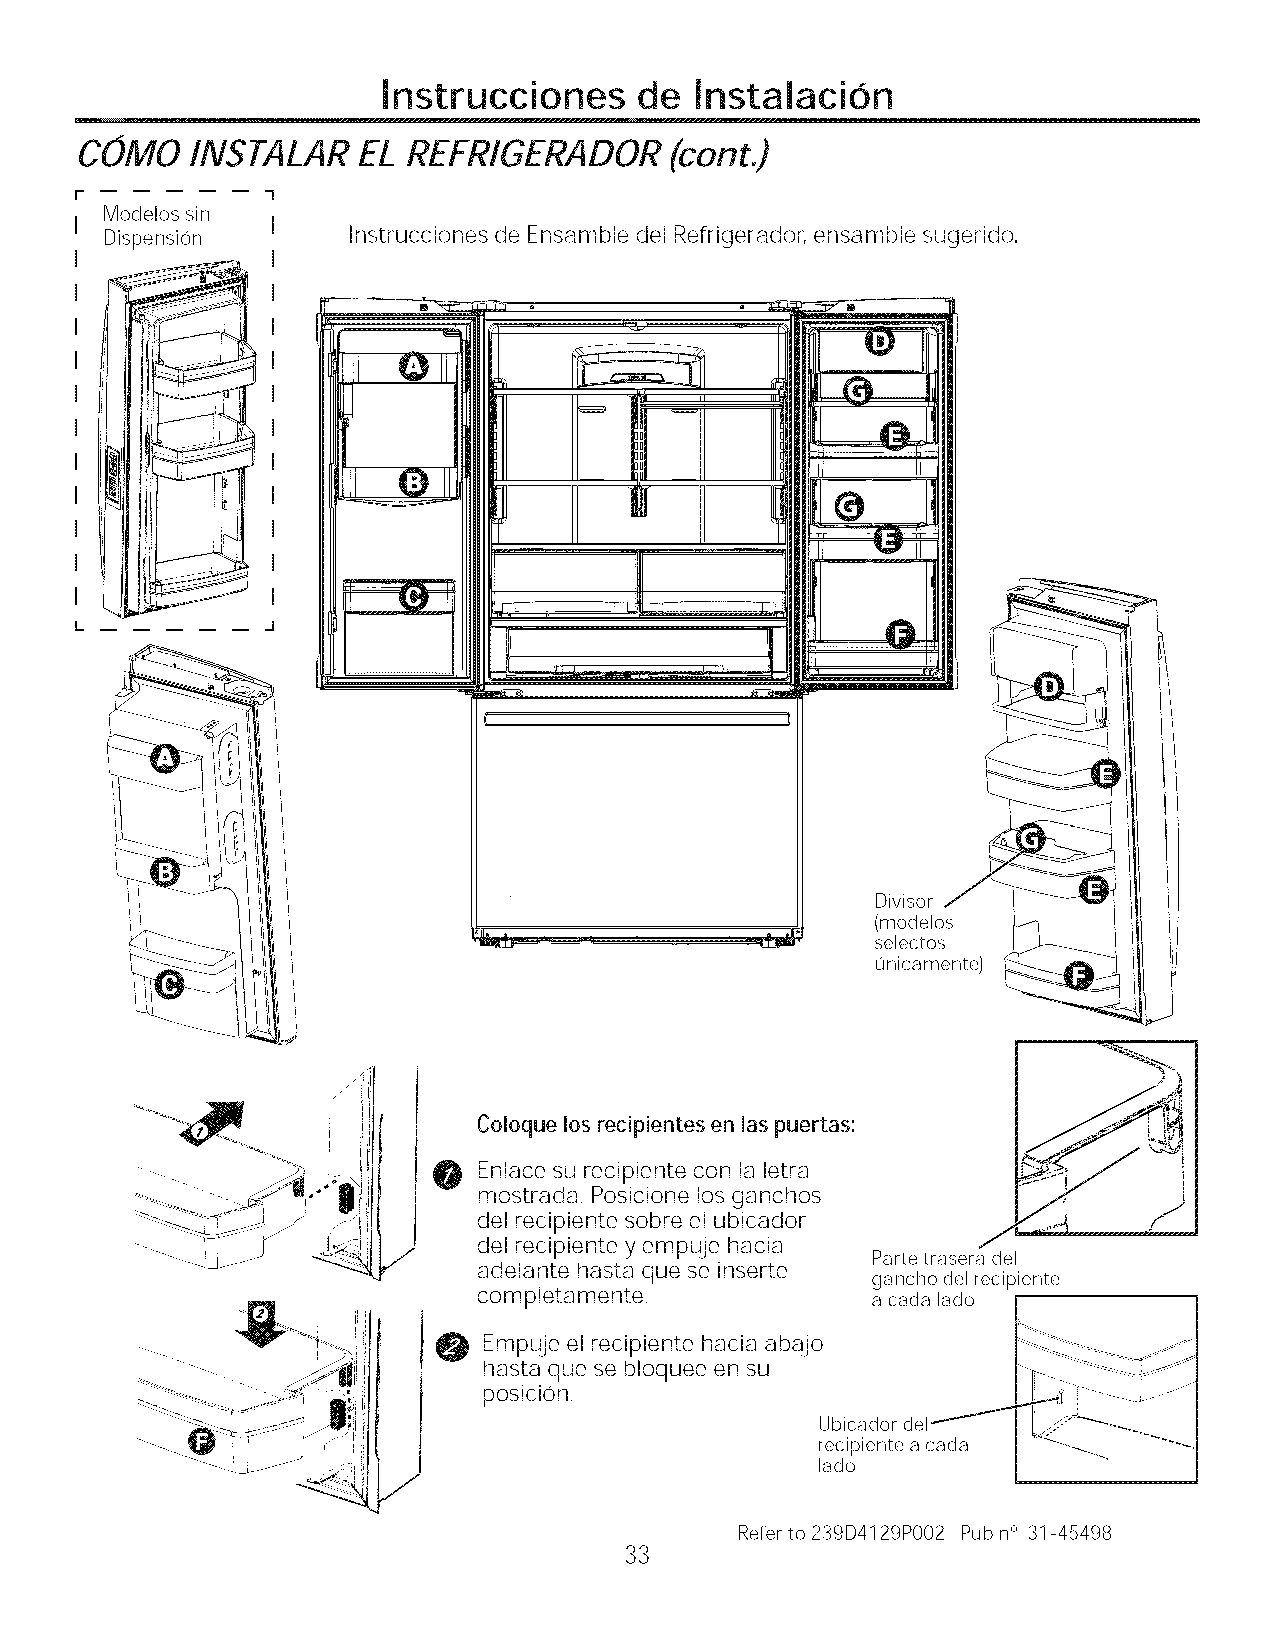
Instrucciones    de  Instalacion
 COMO    INSTALAR   EL REFRIGERADOR     (cont.)
 r            "1
 Modelos sin
 I
 Dispension      Instrucciones de Ensamble del Refrigerador, ensamble sugerido.
 I
 L
 Divisor
 (modelos
 selectos
 unicamente)
 Coloque los recipientes en las puertas:
 0
 Enlace su recipiente con la letra
 mostrada. Posicione los ganchos
 del recipiente sobre el ubicador
 del recipiente y empuje hacia
 Parte trasera del
 adelante hasta que se inserte
 gancho del recipiente
 completamente.            a cada lado
 @
 Empuje el recipiente hacia abajo
 hasta que se bloquee en su
 posicion.
 Ubicador del
 recipiente acada
 lado
 Refer to239D4129PO02 Pub n° 31-45498
 33